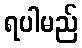
ရပါမည်